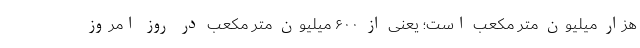
هزار میلیون متر مکعب است؛ یعنی از ۶۰۰ میلیون متر مکعب در روز امروز